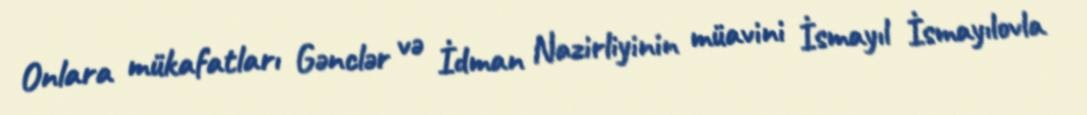
Onlara mükafatları Gənclər və İdman Nazirliyinin müavini İsmayıl İsmayılovla